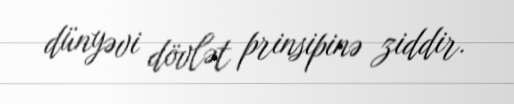
dünyəvi dövlət prinsipinə ziddir.